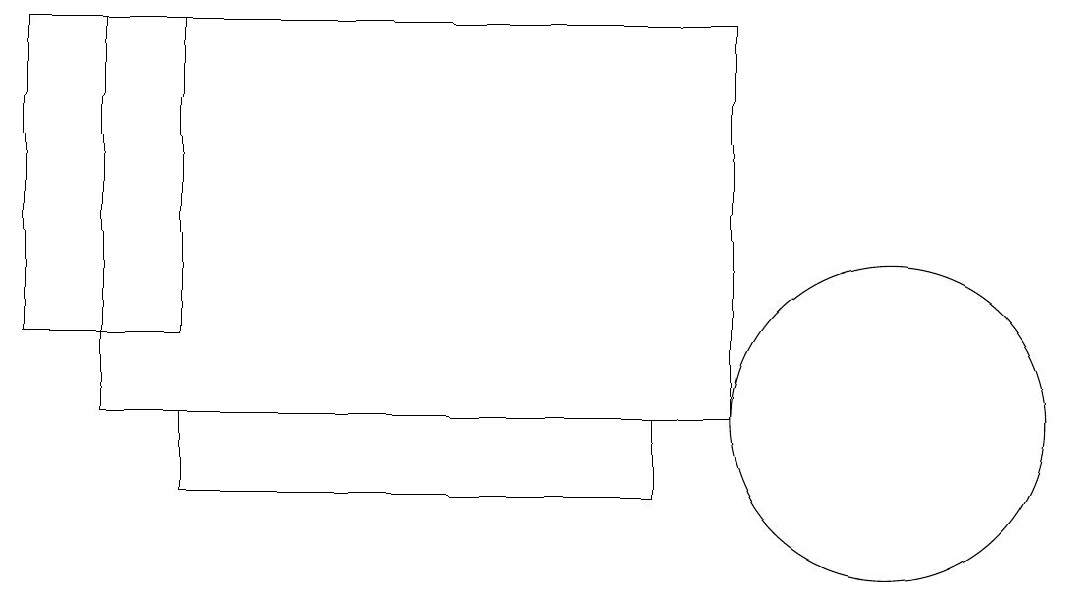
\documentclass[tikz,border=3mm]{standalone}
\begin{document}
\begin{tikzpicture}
\draw (2,13) rectangle (0,17);
\draw (2,11) rectangle (8,12);
\draw (9,12) rectangle (1,17);
\draw (11,12) circle (2);
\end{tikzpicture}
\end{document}